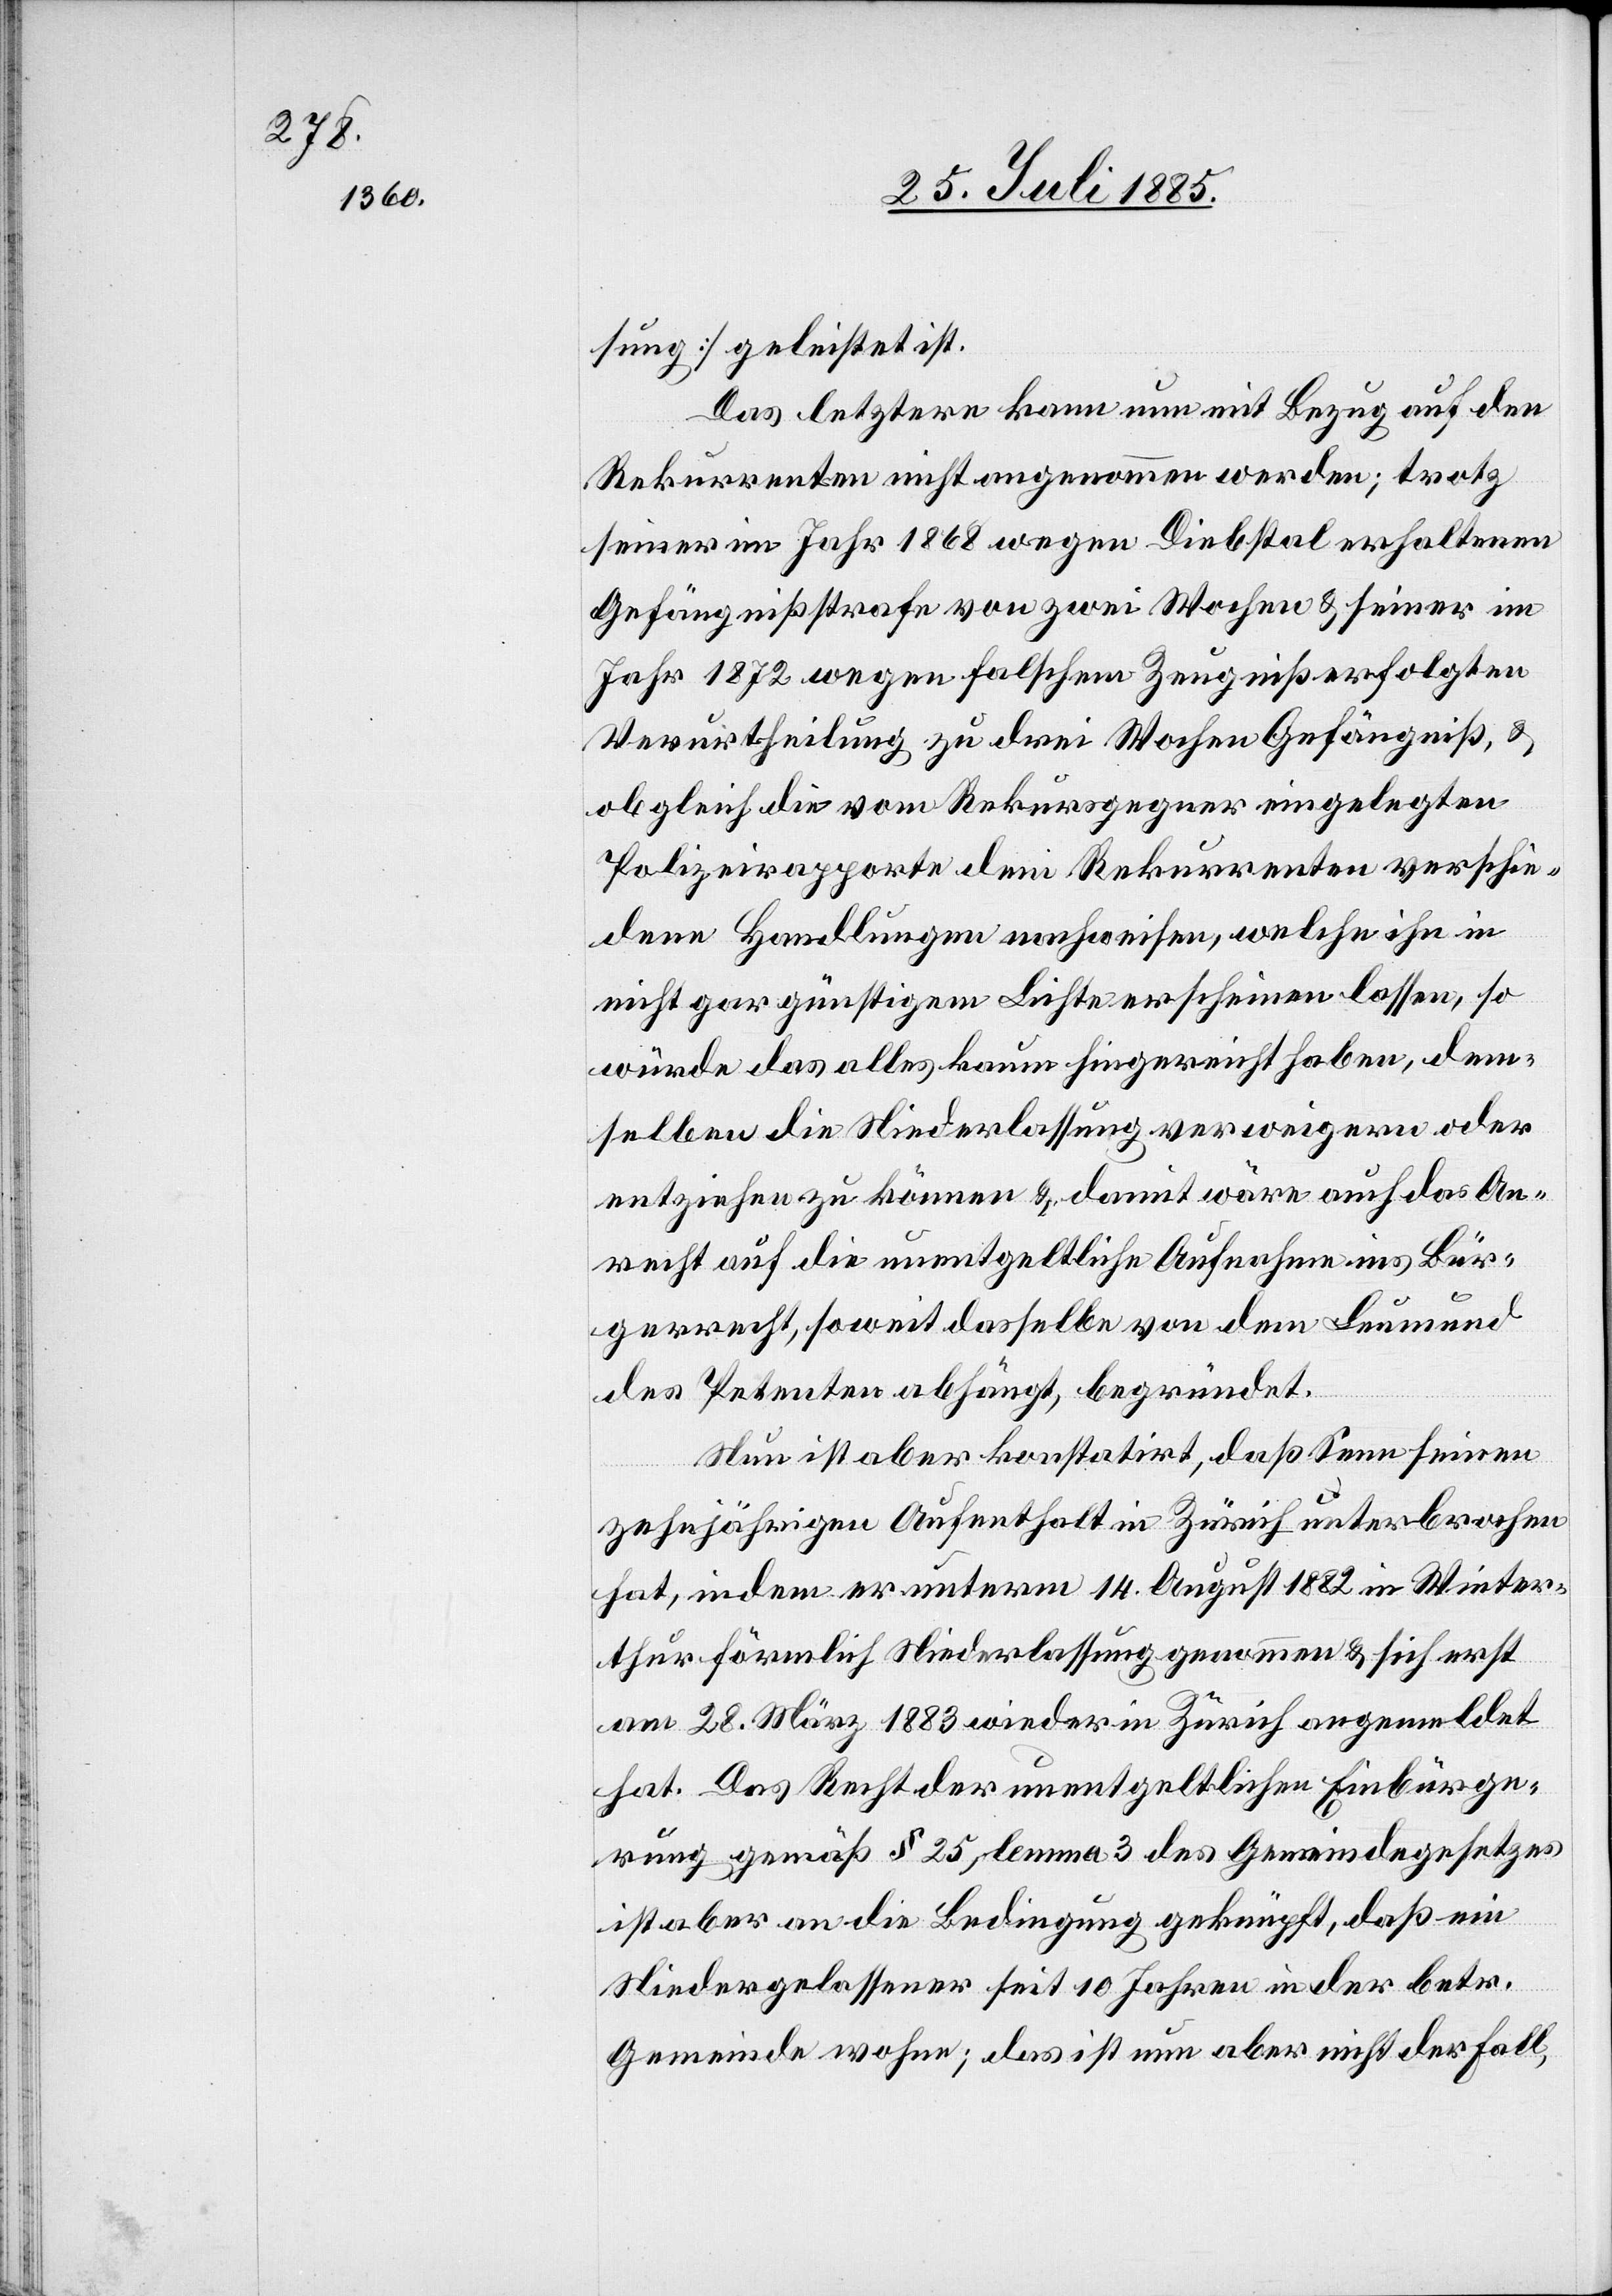
sung] geleistet ist.
Das letztere kann nun mit Bezug auf den
Rekurrenten nicht angenommen werden; trotz
seiner im Jahr 1868 wegen Diebstal erhaltenen
Gefängnißstrafe von zwei Wochen & seiner im
Jahr 1872 wegen falschem Zeugniß erfolgten
Verurtheilung zu drei Wochen Gefängniß, &
obgleich die vom Rekursgegner eingelegten
Polizeirapporte dem Rekurrenten verschie¬
dene Handlungen nachweisen, welche ihn in
nicht gar günstigem Lichte erscheinen lassen, so
würde das alles kaum hingereicht haben, dem¬
selben die Neiderlassung verweigern oder
entziehen zu können & damit wäre auch das An¬
recht auf die unentgeltliche Aufnahme ins Bür¬
gerrecht, soweit dasselbe von dem Leumund
des Petenten abhängt, begründet.
Nun ist aber konstatirt, daß Senn seinen
zehnjährigen Aufenthalt in Zürich unterbrochen
hat, indem er unterm 14. August 1882 in Winter¬
thur förmlich Niederlassung genommen & sich erst
am 28. März 1883 wieder in Zürich angemeldet
hat. Das Recht der unentgeltlichen Einbürge¬
rung gemäß § 25, lemma 3 des Gemeindegesetzes
ist aber an die Bedingung geknüpft, daß ein
Niedergelassener seit 10 Jahren in der betr.
Gemeinde wohne; das ist nun aber nicht der Fall,